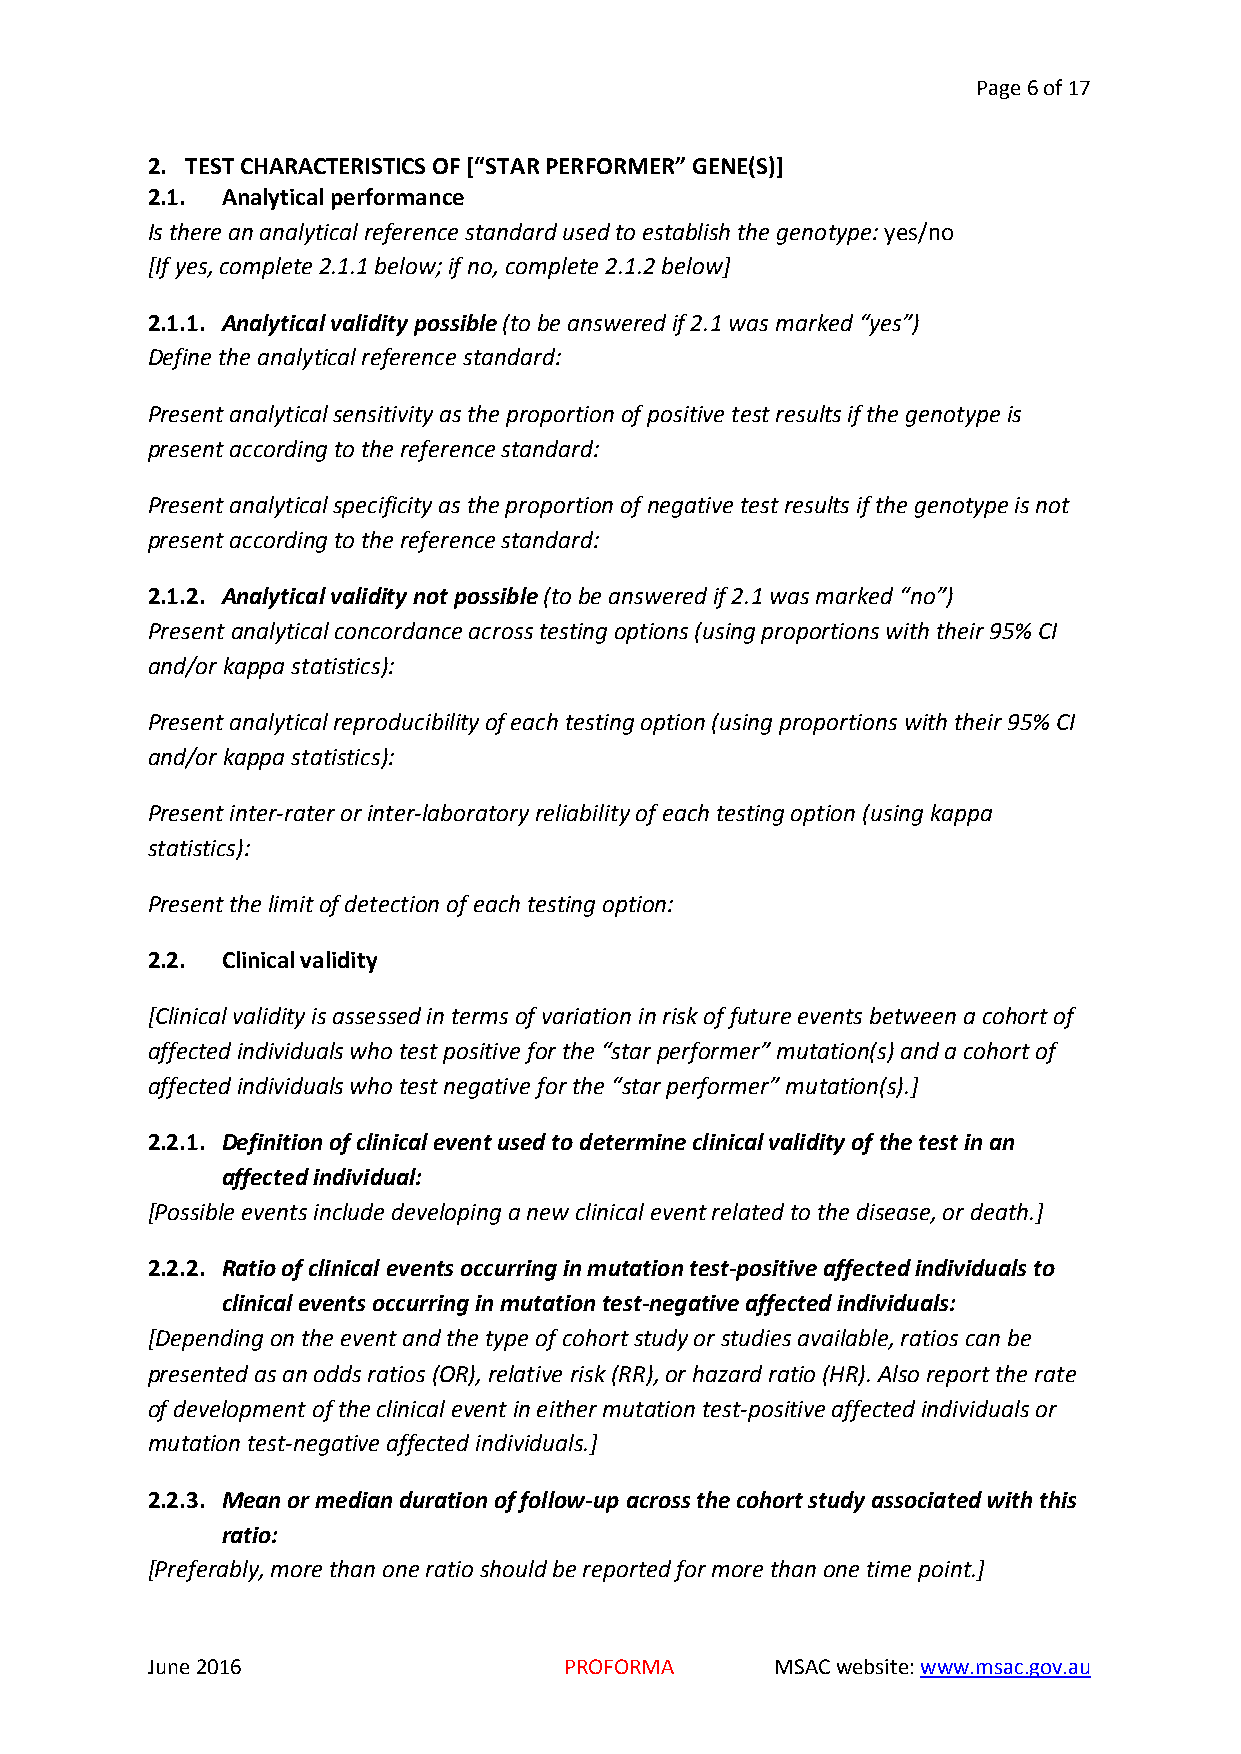
Page 6 of 17
 2. TEST CHARACTERISTICS OF [“STAR PERFORMER” GENE(S)]
 2.1. Analytical performance
 Is there an analytical reference standard used to establish the genotype: yes/no
 [If yes, complete 2.1.1 below; if no, complete 2.1.2 below]
 2.1.1. Analytical validity possible (to be answered if 2.1 was marked “yes”)
 Define the analytical reference standard:
 Present analytical sensitivity as the proportion of positive test results if the genotype is
 present according to the reference standard:
 Present analytical specificity as the proportion of negative test results if the genotype is not
 present according to the reference standard:
 2.1.2. Analytical validity not possible (to be answered if 2.1 was marked “no”)
 Present analytical concordance across testing options (using proportions with their 95% CI
 and/or kappa statistics):
 Present analytical reproducibility of each testing option (using proportions with their 95% CI
 and/or kappa statistics):
 Present inter-rater or inter-laboratory reliability of each testing option (using kappa
 statistics):
 Present the limit of detection of each testing option:
 2.2. Clinical validity
 [Clinical validity is assessed in terms of variation in risk of future events between a cohort of
 affected individuals who test positive for the “star performer” mutation(s) and a cohort of
 affected individuals who test negative for the “star performer” mutation(s).]
 2.2.1. Definition of clinical event used to determine clinical validity of the test in an
 affected individual:
 [Possible events include developing a new clinical event related to the disease, or death.]
 2.2.2. Ratio of clinical events occurring in mutation test-positive affected individuals to
 clinical events occurring in mutation test-negative affected individuals:
 [Depending on the event and the type of cohort study or studies available, ratios can be
 presented as an odds ratios (OR), relative risk (RR), or hazard ratio (HR). Also report the rate
 of development of the clinical event in either mutation test-positive affected individuals or
 mutation test-negative affected individuals.]
 2.2.3. Mean or median duration of follow-up across the cohort study associated with this
 ratio:
 [Preferably, more than one ratio should be reported for more than one time point.]
 June 2016                  PROFORMA      MSAC website: www.msac.gov.au